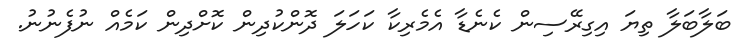
ބަލާބަލާ ތިޔަ އިގިރޭސިން ކެނެޑާ އެމެރިކާ ކަހަލަ ދޮންކުދިން ކޮށްދިން ކަމެއް ނުފެނުނު.